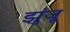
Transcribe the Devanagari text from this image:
झुंजू